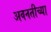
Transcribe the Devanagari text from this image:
अवनतीच्या